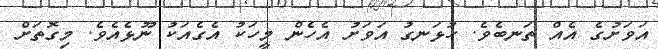
އަވަށުގެ އެއް ތަނބެވެ. ހުޅަނގު އަވަށު އެހެން މީހަކު އެގެއަކު ނޫޅެއެވެ. މިގޮތަށް